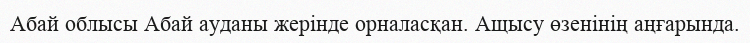
Абай облысы Абай ауданы жерінде орналасқан. Ащысу өзенінің аңғарында.